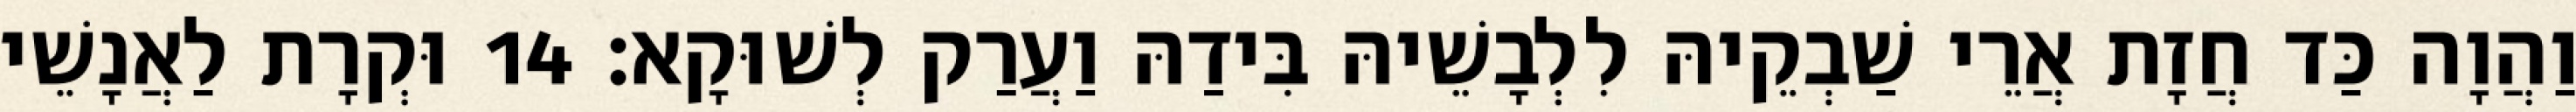
וַהֲוָה כַּד חֲזָת אֲרֵי שַׁבְקֵיהּ לִלְבָשֵׁיהּ בִּידַהּ וַעֲרַק לְשׁוּקָא׃ 14 וּקְרָת לַאֲנָשֵׁי